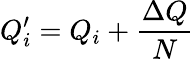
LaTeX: Q_{i}^{\prime}=Q_{i}+\frac{\Delta Q}{N}